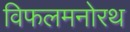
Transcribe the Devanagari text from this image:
विफलमनोरथ